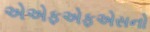
એએફએફએસનો